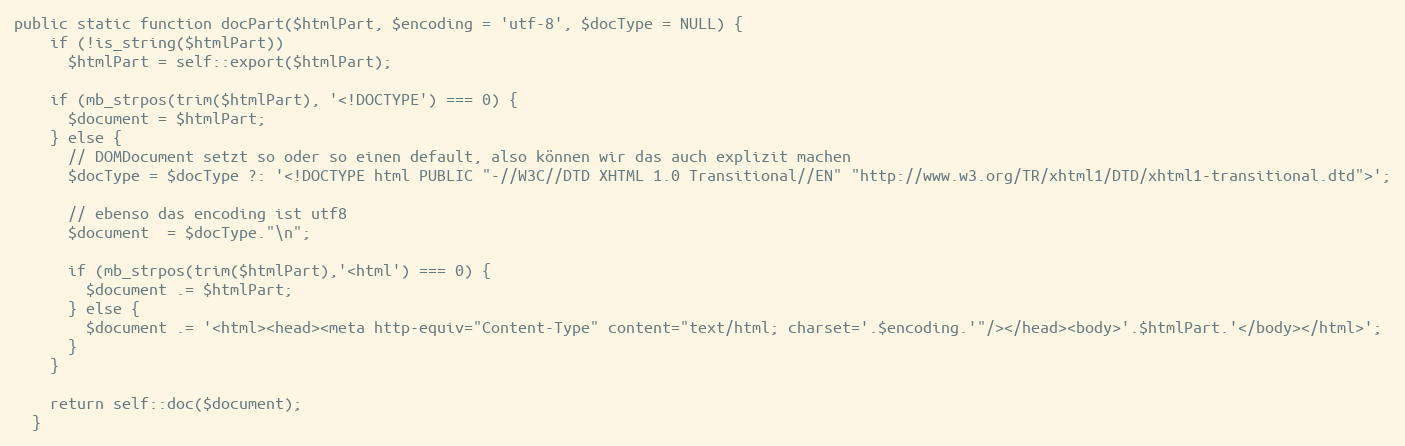
Language: PHP
public static function docPart($htmlPart, $encoding = 'utf-8', $docType = NULL) {
    if (!is_string($htmlPart))
      $htmlPart = self::export($htmlPart);

    if (mb_strpos(trim($htmlPart), '<!DOCTYPE') === 0) {
      $document = $htmlPart;
    } else {
      // DOMDocument setzt so oder so einen default, also können wir das auch explizit machen
      $docType = $docType ?: '<!DOCTYPE html PUBLIC "-//W3C//DTD XHTML 1.0 Transitional//EN" "http://www.w3.org/TR/xhtml1/DTD/xhtml1-transitional.dtd">';

      // ebenso das encoding ist utf8
      $document  = $docType."\n";

      if (mb_strpos(trim($htmlPart),'<html') === 0) {
        $document .= $htmlPart;
      } else {
        $document .= '<html><head><meta http-equiv="Content-Type" content="text/html; charset='.$encoding.'"/></head><body>'.$htmlPart.'</body></html>';
      }
    }

    return self::doc($document);
  }